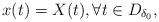
LaTeX: \begin{align*}x(t)=X(t), \forall t \in D_{\delta_0},\end{align*}